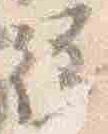
従